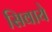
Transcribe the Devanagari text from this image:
सिवाये